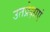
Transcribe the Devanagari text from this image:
उतप्रेक्षाएं